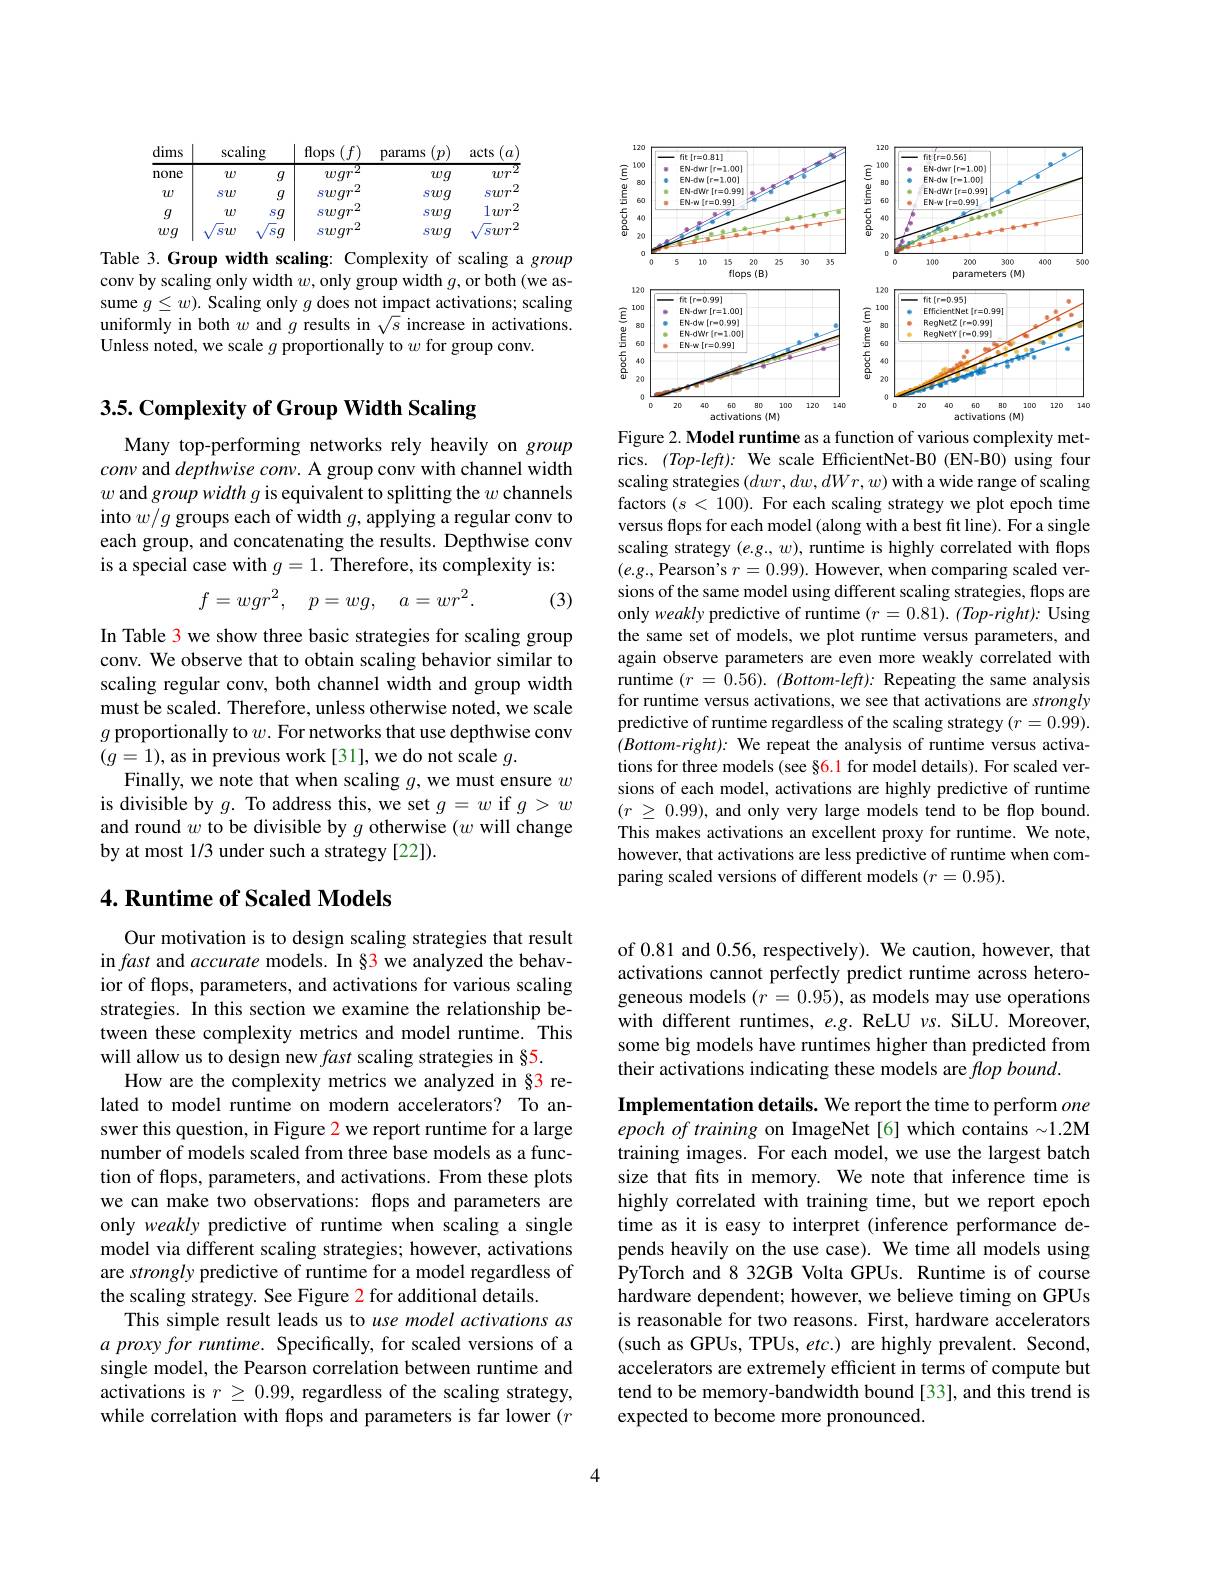
<table>
	<tbody>
		<tr>
			<th>dims</th>
			<th>$scalin;$</th>
			<th> </th>
			<th>flops</th>
			<th>params</th>
			<th>acts $a$</th>
		</tr>
		<tr>
			<td>none</td>
			<td>$w$</td>
			<td>$q$</td>
			<td>$war^{2}$</td>
			<td>$wg$</td>
			<td>1 $wr$</td>
		</tr>
		<tr>
			<td>$w$</td>
			<td>$sw$</td>
			<td>$q$</td>
			<td>.2 Swqr</td>
			<td>swg</td>
			<td>1. - SuT</td>
		</tr>
		<tr>
			<td>$g$</td>
			<td>$w$</td>
			<td>$sg$</td>
			<td>.2 swqr</td>
			<td>swg</td>
			<td>$1wr^{.}$</td>
		</tr>
		<tr>
			<td>$wg$</td>
			<td>$sw$</td>
			<td>$\sqrt{\mathrm{s}}q$ T T</td>
			<td>.2 swqr</td>
			<td>swg</td>
			<td>swr</td>
		</tr>
	</tbody>
</table>

Table 3.Group width scaling: Complexity of scaling a group conv by scaling only width $w$,only group width $g$,or both (we assume $g\leq w).$ Scaling only $g$ does not impact activations; scaling uniformly in both $w$ and $g$ results in $\sqrt s$ increase in activations. Unless noted, we scale $g$ proportionally to $w$ for group conv.

# 3.5. Complexity of Group Width Scaling

Many top-performing networks rely heavily on group conv and $depthwise\textit{ conv. A group conv with channel width}$ $w$ and group width g is equivalent to splitting the $w$ channels into $w/g$ groups each of width $g$, applying a regular conv to each group, and concatenating the results. Depthwise conv is a special case with $g=1.$ Therefore, its complexity is:
$$f=wgr^2,\quad p=wg,\quad a=wr^2.$$
(3)

In Table 3 we show three basic strategies for scaling group conv. We observe that to obtain scaling behavior similar to scaling regular conv, both channel width and group width must be scaled. Therefore, unless otherwise noted, we scale $g$ proportionally to $w.$ For networks that use depthwise conv $(g=1)$, as in previous work[31], we do not scale $g.$
Finally, we note that when scaling $g$,we must ensure $w$ is divisible by $g.$ To address this, we set $g=w$ if $g>w$ and round $w$ to be divisible by $g$ otherwise $(w$ will change by at most 1/3 under such a strategy [22]).

## 4. Runtime of Scaled Models

Our motivation is to design scaling strategies that result in fast and accurate models. In §3 we analyzed the behavior of flops, parameters, and activations for various scaling strategies. In this section we examine the relationship between these complexity metrics and model runtime. This will allow us to design new fast scaling strategies in §5.
How are the complexity metrics we analyzed in §3 related to model runtime on modern accelerators? To answer this question, in Figure 2 we report runtime for a large number of models scaled from three base models as a function of flops, parameters, and activations. From these plots we can make two observations: flops and parameters are only weakly predictive of runtime when scaling a single model via different scaling strategies; however, activations are strongly predictive of runtime for a model regardless of the scaling strategy. See Figure 2 for additional details.
This simple result leads us to use model activations as $a\textit{ proxy for runtime. Specifically, for scaled versions of a}$ single model, the Pearson correlation between runtime and activations is $r\geq0.99$, regardless of the scaling strategy, while correlation with flops and parameters is far lower $(r$

<FigureHere>
Figure 2. Model runtime as a function of various complexity met-

rics. (Top-left): We scale EfficientNet-B0 (EN-B0) using four scaling strategies $(dwr,dw,dWr,w)$ with a wide range of scaling factors $(s<100).$ For each scaling strategy we plot epoch time versus flops for each model (along with a best fit line). For a single scaling strategy $(e.g.,w)$, runtime is highly correlated with flops $(e.g.$,Pearson's $r=0.99).$ However, when comparing scaled versions of the same model using different scaling strategies, flops are only weakly predictive of runtime $(r=0.81).$ (Top-right): Using the same set of models, we plot runtime versus parameters, and again observe parameters are even more weakly correlated with runtime $( r$ = 0.56). $( Bottom- left) :$ Repeating the same analysis for runtime versus activations, we see that activations are strongly predictive of runtime regardless of the scaling strategy $(r=0.99).$ (Bottom-right): We repeat the analysis of runtime versus activations for three models (see §6.1 for model details). For scaled versions of each model, activations are highly predictive of runtime $( r$ $\geq$ 0.99), and only very large models tend to be flop bound. This makes activations an excellent proxy for runtime. We note, however, that activations are less predictive of runtime when comparing scaled versions of different models $(r=0.95).$

of 0.81 and 0.56, respectively). We caution, however, that activations cannot perfectly predict runtime across heterogeneous models $(r=0.95)$, as models may use operations with different runtimes, e.g. ReLU vs. SiLU. Moreover, some big models have runtimes higher than predicted from their activations indicating these models are $flop\textit{bound}.$

Implementation details. We report the time to perform one epoch of training on ImageNet[6] which contains $\sim1.2$M training images. For each model, we use the largest batch size that fits in memory. We note that inference time is highly correlated with training time, but we report epoch time as it is easy to interpret (inference performance depends heavily on the use case). We time all models using PyTorch and 8 32GB Volta GPUs. Runtime is of course hardware dependent; however, we believe timing on GPUs is reasonable for two reasons. First, hardware accelerators (such as GPUs, TPUs, etc.) are highly prevalent. Second, accelerators are extremely efficient in terms of compute but tend to be memory-bandwidth bound [33], and this trend is expected to become more pronounced.

4